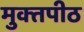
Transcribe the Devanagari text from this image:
मुक्‍तपीठ